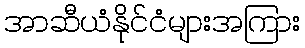
အာဆီယံနိုင်ငံများအကြား